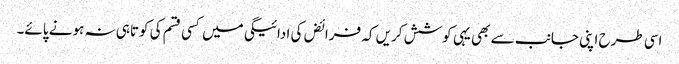
اسی طرح اپنی جانب سے بھی یہی کوشش کریں کہ فرائض کی ادائیگی میں کسی قسم کی کوتاہی نہ ہونے پائے۔